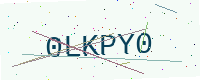
Text: 0LKPY0